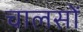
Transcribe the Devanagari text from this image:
चालसों